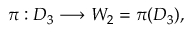
\pi : D _ { 3 } \longrightarrow W _ { 2 } = \pi ( D _ { 3 } ) ,